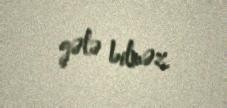
gələ bilməz.